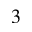
_ 3